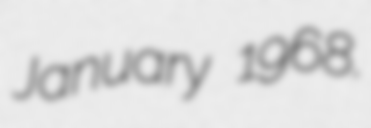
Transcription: January 1968.